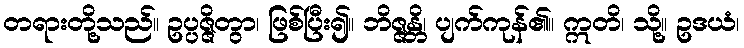
တရားတို့သည်။ ဥပ္ပဇ္ဇိတွာ၊ ဖြစ်ပြီး၍။ ဘိဇ္ဇန္တိ၊ ပျက်ကုန်၏။ ဣတိ၊ သို့။ ဥဒယံ၊